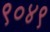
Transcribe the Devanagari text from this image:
९०४९